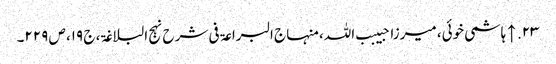
۲۳. ↑ ہاشمی خوئی، میرزا حبیبب اللہ، منہاج البراعۃ فی شرح نہج البلاغۃ، ج ۱۹، ص ۲۲۹۔